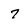
Character: 7